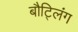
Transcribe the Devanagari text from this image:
बौट्लिंग